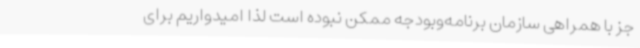
جز با همراهی سازمان برنامه‌وبودجه ممکن نبوده است لذا امیدواریم برای